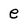
Character: e